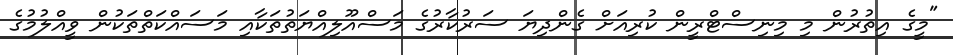
"މީގެ އިތުރުން މި މިނިސްޓްރީން ކުރިއަށް ގެންދިޔަ ސަރުކާރުގެ މަސްއޫލިއްޔަތުތަކާއި މަސައްކަތްތަކުން ވީއްލުމުގެ